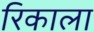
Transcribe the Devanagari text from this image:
रिकाला